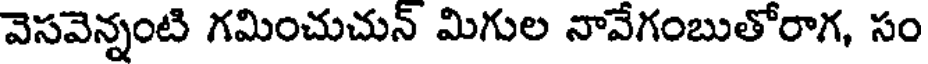
వెసవెన్నంటి గమించుచున్ మిగుల నావేగంబుతోరాగ, సం